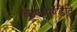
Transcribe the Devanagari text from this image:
कूष्माण्डेति